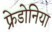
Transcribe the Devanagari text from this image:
फ्रेडोनिया